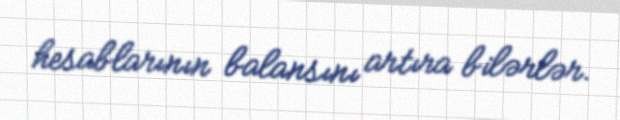
hesablarının balansını artıra bilərlər.